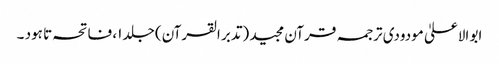
ابو الاعلیٰ مودودی ترجمہ قرآن مجید (تدبر القرآن) جلد ۱، فاتحہ تا ہود ۔